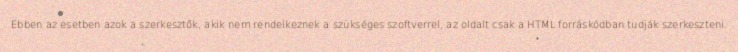
Ebben az esetben azok a szerkesztők, akik nem rendelkeznek a szükséges szoftverrel, az oldalt csak a HTML forráskódban tudják szerkeszteni.